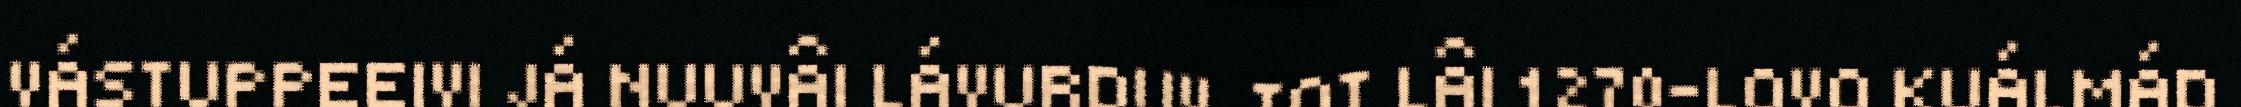
VÁSTUPPEEIVI JÁ NUUVÂI LÁVURDUV. TOT LÂI 1270-LOVO KUÁLMÁD